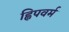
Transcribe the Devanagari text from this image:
ह्विपवर्म